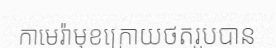
កាមេរ៉ាមុខក្រោយថតរូបបាន